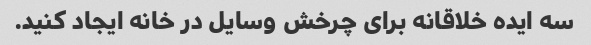
سه ایده خلاقانه برای چرخش وسایل در خانه ایجاد کنید.